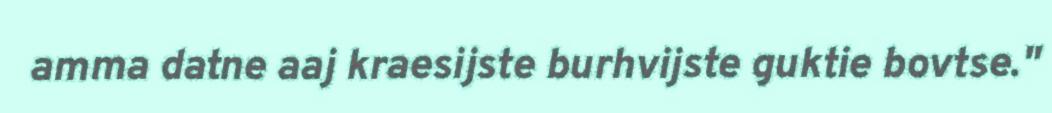
amma datne aaj kraesijste burhvijste guktie bovtse."